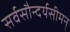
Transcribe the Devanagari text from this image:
सर्वसौन्दर्यसीमन्